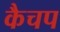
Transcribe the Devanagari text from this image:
कैचप